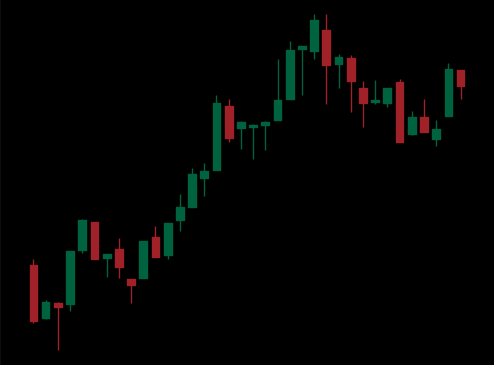
Pattern: bear_flag